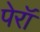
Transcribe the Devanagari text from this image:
पेरॉ